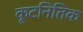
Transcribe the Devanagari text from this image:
कूटनितिक